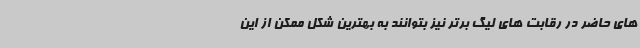
های حاضر در رقابت های لیگ برتر نیز بتوانند به بهترین شکل ممکن از این